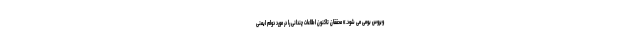
ویروس بومی می شود.» محققان تاکنون اطلاعات چندانی را در مورد دوام ایمنی